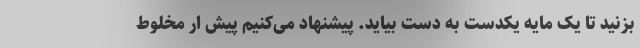
بزنید تا یک مایه یکدست به دست بیاید. پیشنهاد می‌کنیم پیش ار مخلوط